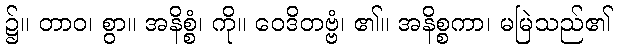
၌။ တာဝ၊ စွာ။ အနိစ္စံ၊ ကို။ ဝေဒိတဗ္ဗံ၊ ၏။ အနိစ္စကာ၊ မမြဲသည်၏